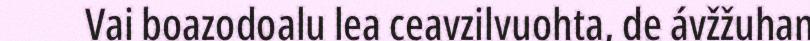
Vai boazodoalu lea ceavzilvuohta, de ávžžuhan